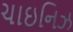
ચાઇનિઝ